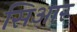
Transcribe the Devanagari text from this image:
सिआर